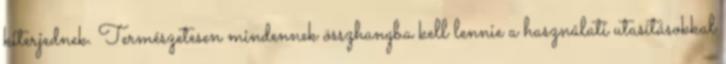
kiterjednek. Természetesen mindennek összhangba kell lennie a használati utasításokkal